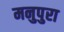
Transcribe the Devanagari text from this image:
मनुपुरा